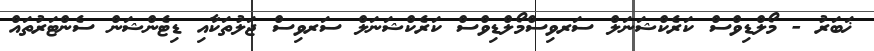
ޚަބަރު - މޯލްޑިވްސް ކަރެކްޝަނަލް ސަރވިސްމޯލްޑިވްސް ކަރެކްޝަނަލް ސަރވިސް ޖަލުތަކާއި ޑިޓެންޝަން ސެންޓަރުތައް